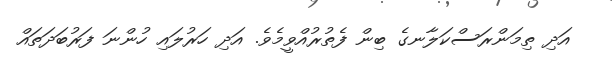
އަދި ތިމަންރަސްކަލާނގެ ބިން ފެތުރުއްވީމެވެ. އަދި ހަރުލައި ހުންނަ ފަރުބަދަތައް